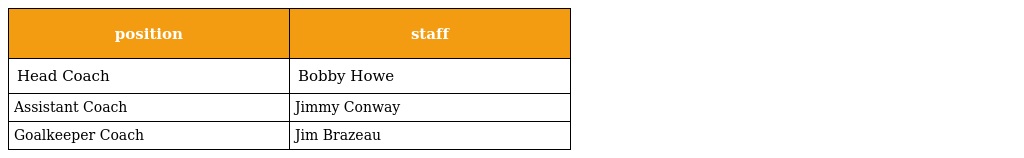
| position | staff |
 | --- | --- |
 | Head Coach | Bobby Howe |
 | Assistant Coach | Jimmy Conway |
 | Goalkeeper Coach | Jim Brazeau |